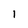
Character: l